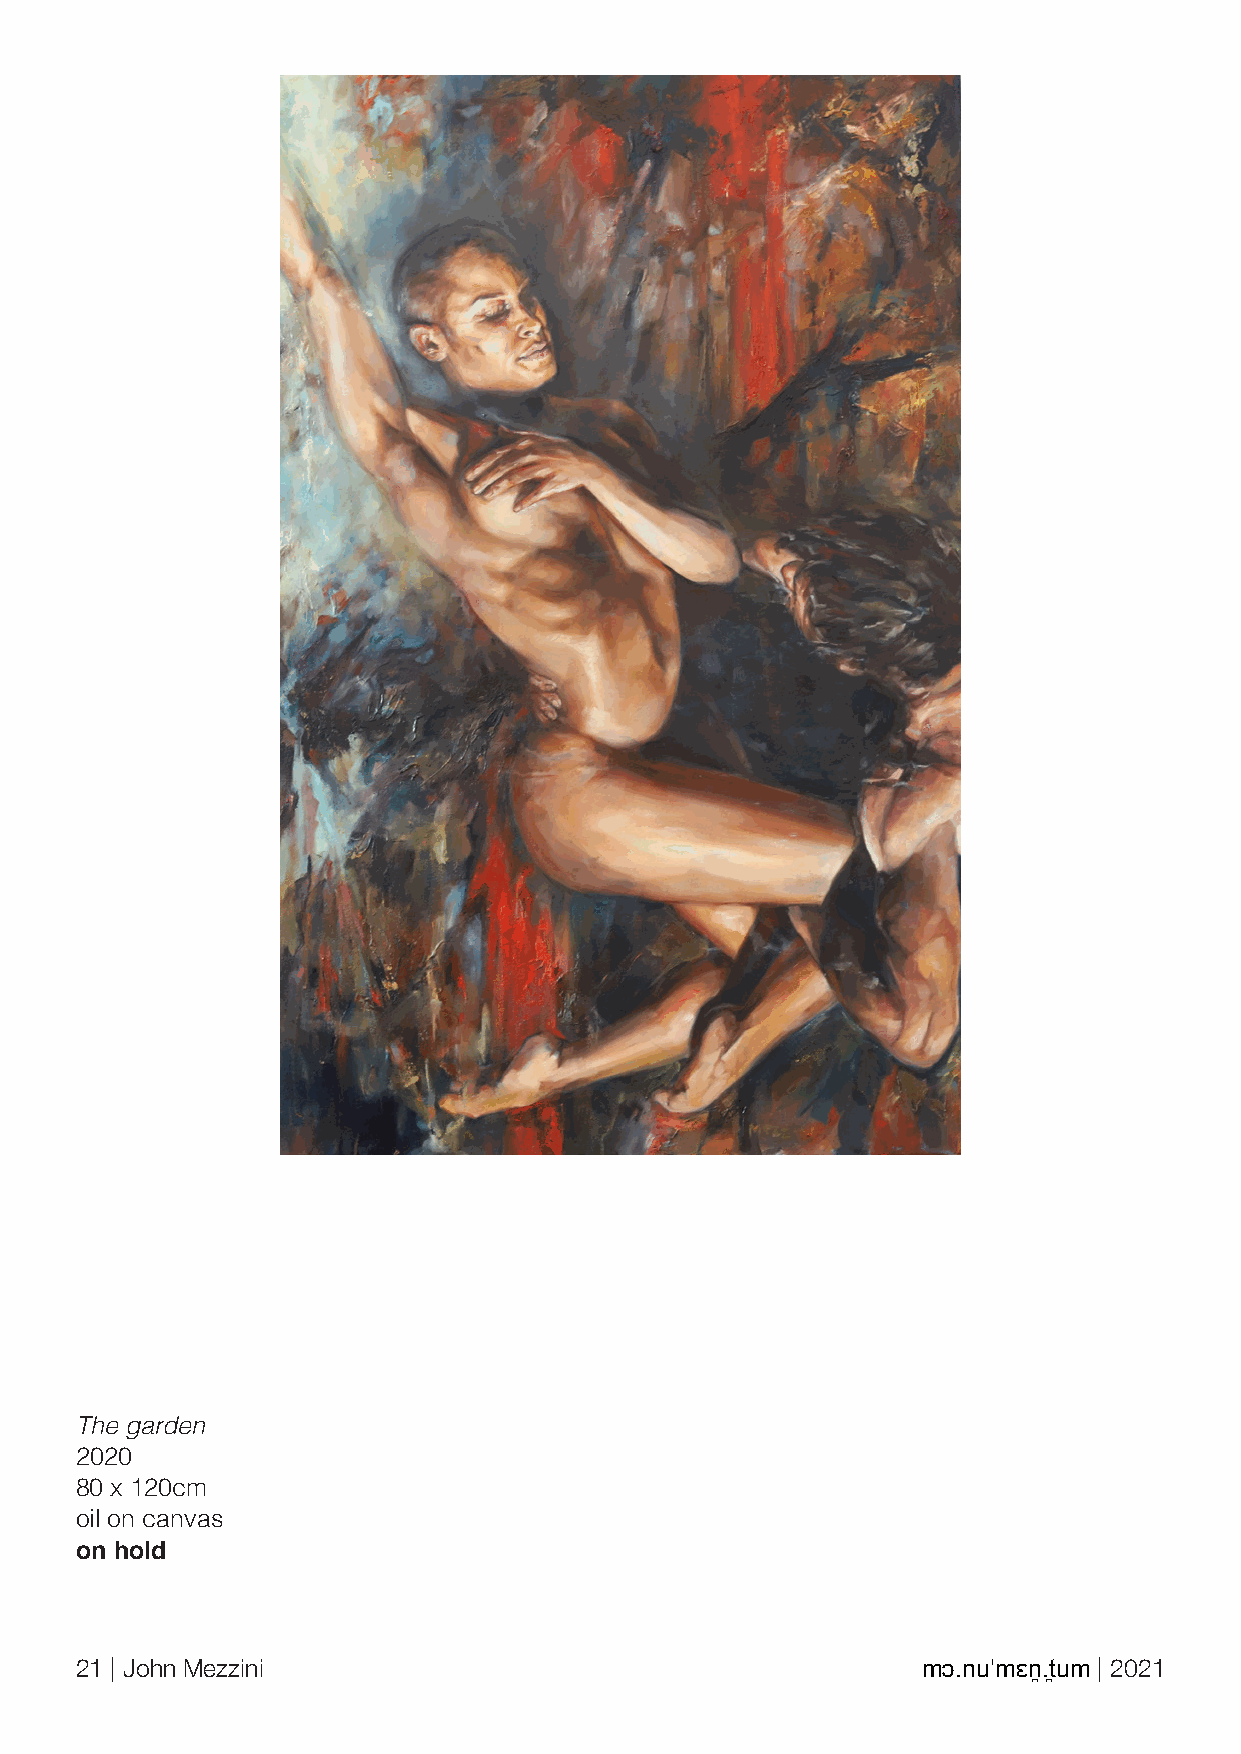
The garden
 2020
 80 x 120cm
 oil on canvas
 on hold
 21 | John Mezzini                                       mɔ.nuˈmɛn̪.t̪um | 2021